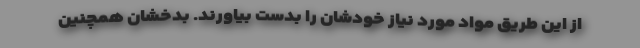
از این طریق مواد مورد نیاز خودشان را بدست بیاورند. بدخشان همچنین